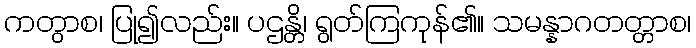
ကတွာစ၊ ပြု၍လည်း။ ပဌန္တိ၊ ရွတ်ကြကုန်၏။ သမန္နာဂတတ္တာစ၊